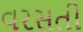
વરસતી